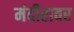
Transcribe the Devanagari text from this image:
मंदीरावर